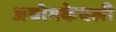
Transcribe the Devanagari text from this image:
अयोगकेवली